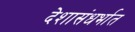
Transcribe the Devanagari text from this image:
देशासंधर्भात